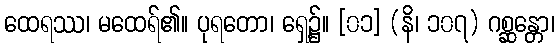
ထေရဿ၊ မထေရ်၏။ ပုရတော၊ ရှေ့၌။ [၀၁] (နိ၊ ၁၀၇) ဂစ္ဆန္တော၊